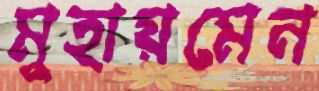
মুহায়মেন